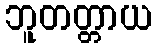
ဘူတတ္တာယ